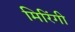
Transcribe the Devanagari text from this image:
मिरिंगी